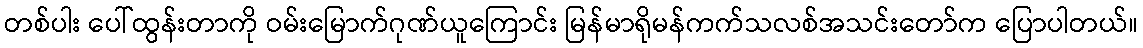
တစ်ပါး ပေါ်ထွန်းတာကို ဝမ်းမြောက်ဂုဏ်ယူကြောင်း မြန်မာရိုမန်ကက်သလစ်အသင်းတော်က ပြောပါတယ်။